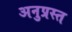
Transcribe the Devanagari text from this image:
अनुप्रस्त